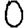
Digit: 0